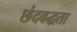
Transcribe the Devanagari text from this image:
छंदबद्धता